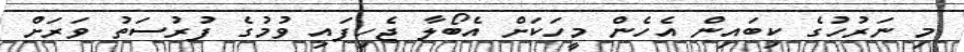
މި ނަރުހުގެ ކިބައިން އެހެން މީހަކަށް އެބޯލާ ޖެހިފައި ވުމުގެ ފުރުސަތު ވަރަށް